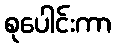
စုပေါင်းကာ